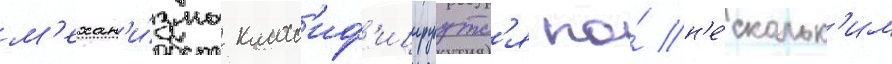
м'ехан'и́змы класс'иф'ицируутс'я по́ н'е́скольк'им